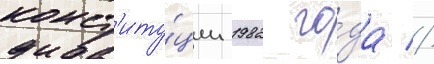
конст'иту́ции 1982 го́да //